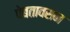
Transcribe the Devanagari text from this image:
पेबतावसन